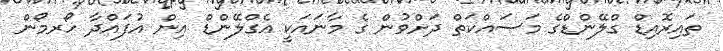
ތައިރޮއިޑް ގްލޭންޑްގެ މަސައްކަތް ދަށްވުން ގެ މާނައަކީ އެގްލޭންޑް އިން އުފައްދާ ހޯރމޯން